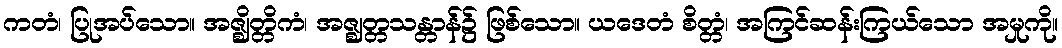
ကတံ၊ ပြုအပ်သော။ အဇ္ဈိတ္တိကံ၊ အဇ္ဈတ္တသန္တာန်၌ ဖြစ်သော။ ယဒေတံ စိတ္တံ၊ အကြင်ဆန်းကြယ်သော အမှုကို။